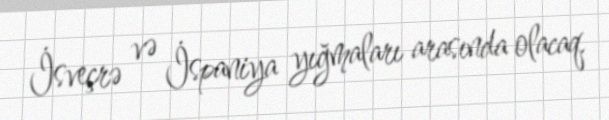
İsveçrə və İspaniya yığmaları arasında olacaq.